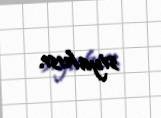
siyahısı.